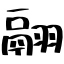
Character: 翮